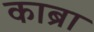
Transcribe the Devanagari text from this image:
काब्रा